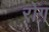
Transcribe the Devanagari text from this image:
रोग़